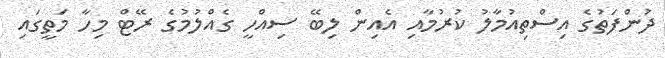
ދުންފަތުގެ އިސްތިއުމާލު ކުރުމާއި އެއިން ލިބޭ ސިއްހީ ގެއްލުމުގެ ރޭޓް މިހާ މަތީގައި